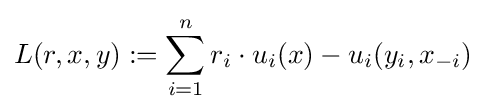
L(r,x,y):=\sum _{i=1}^{n}r_{i}\cdot u_{i}(x)-u_{i}(y_{i},x_{-i})